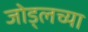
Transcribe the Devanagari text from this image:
जोड्लच्या